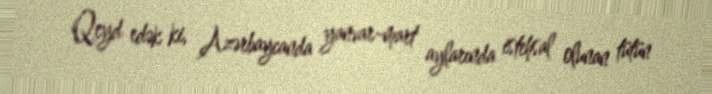
Qeyd edək ki, Azərbaycanda yanvar-mart aylarında istehsal olunan tütün